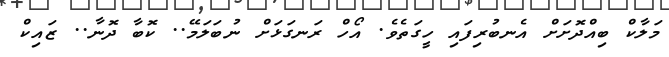
މަލާކް ބިއްދޮށަށް އެނބުރިފައި ހީގަތެވެ. އޯހް ރަނގަޅަށް ނުބަލަމޭ.. ކޮބާ ދޮނާ.. ޒައިކް